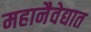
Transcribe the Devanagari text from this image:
महानैवेद्यात